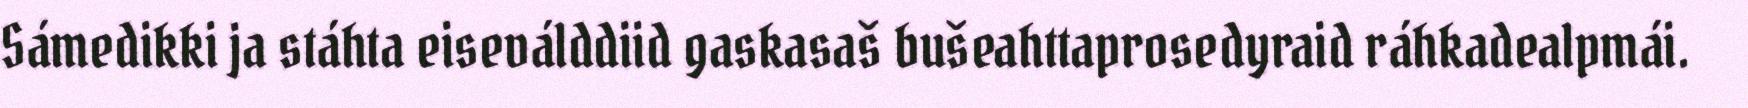
Sámedikki ja stáhta eiseválddiid gaskasaš bušeahttaprosedyraid ráhkadealpmái.